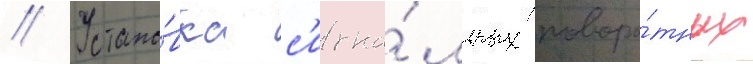
// Устано́вка с'игна́льных поворо́тных